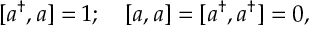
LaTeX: \lbrack a ^ { \dagger } , a ] = 1 ; \quad \left[ a , a \right] = [ a ^ { \dagger } , a ^ { \dagger } ] = 0 ,